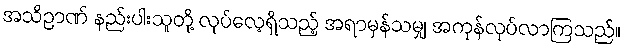
အသိဉာဏ် နည်းပါးသူတို့ လုပ်လေ့ရှိသည့် အရာမှန်သမျှ အကုန်လုပ်လာကြသည်။